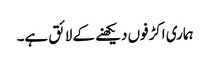
ہماری اکڑفوں دیکھنے کے لائق ہے۔